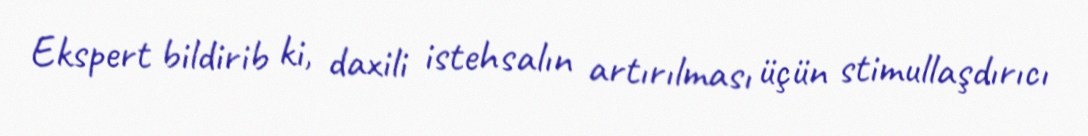
Ekspert bildirib ki, daxili istehsalın artırılması üçün stimullaşdırıcı